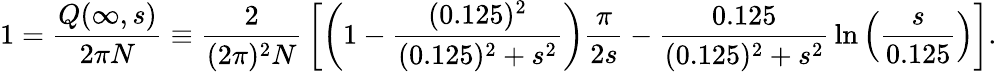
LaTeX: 1={\frac{Q(\infty,s)}{2\pi N}}\equiv{\frac{2}{(2\pi)^{2}N}}\left[\left(1-{\frac{(0.125)^{2}}{(0.125)^{2}+s^{2}}}\right){\frac{\pi}{2s}}-{\frac{0.125}{(0.125)^{2}+s^{2}}}\ln\left({\frac{s}{0.125}}\right)\right].